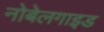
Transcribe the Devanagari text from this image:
नोबेलगाइड